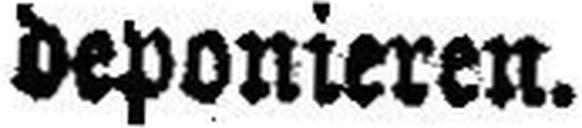
deponieren.